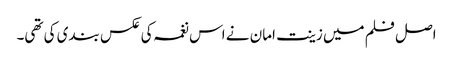
اصل فلم میں زینت امان نے اس نغمہ کی عکس بندی کی تھی۔